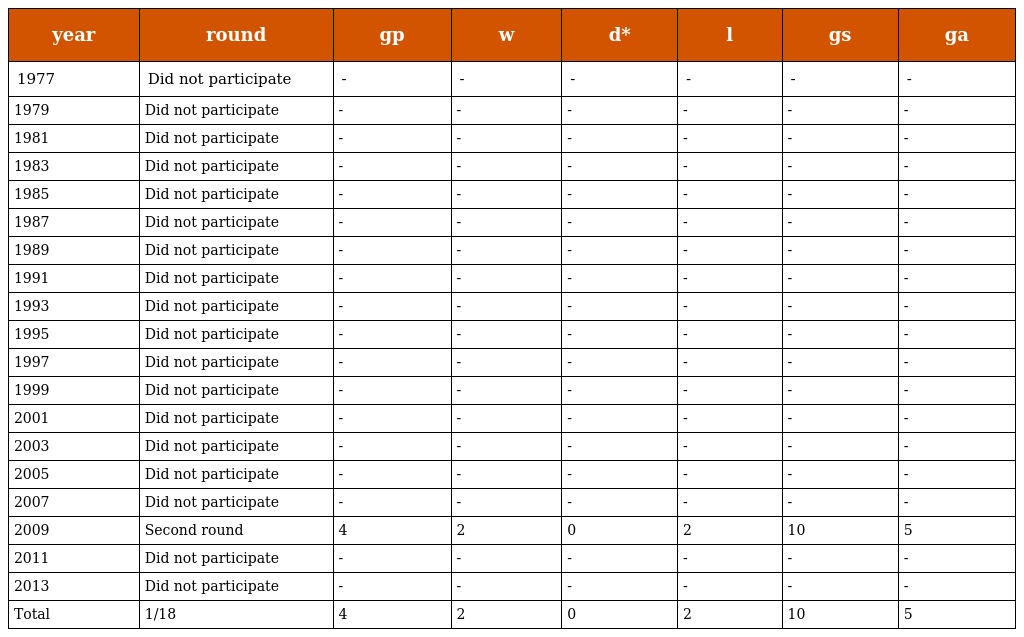
| year | round | gp | w | d* | l | gs | ga |
 | --- | --- | --- | --- | --- | --- | --- | --- |
 | 1977 | Did not participate | - | - | - | - | - | - |
 | 1979 | Did not participate | - | - | - | - | - | - |
 | 1981 | Did not participate | - | - | - | - | - | - |
 | 1983 | Did not participate | - | - | - | - | - | - |
 | 1985 | Did not participate | - | - | - | - | - | - |
 | 1987 | Did not participate | - | - | - | - | - | - |
 | 1989 | Did not participate | - | - | - | - | - | - |
 | 1991 | Did not participate | - | - | - | - | - | - |
 | 1993 | Did not participate | - | - | - | - | - | - |
 | 1995 | Did not participate | - | - | - | - | - | - |
 | 1997 | Did not participate | - | - | - | - | - | - |
 | 1999 | Did not participate | - | - | - | - | - | - |
 | 2001 | Did not participate | - | - | - | - | - | - |
 | 2003 | Did not participate | - | - | - | - | - | - |
 | 2005 | Did not participate | - | - | - | - | - | - |
 | 2007 | Did not participate | - | - | - | - | - | - |
 | 2009 | Second round | 4 | 2 | 0 | 2 | 10 | 5 |
 | 2011 | Did not participate | - | - | - | - | - | - |
 | 2013 | Did not participate | - | - | - | - | - | - |
 | Total | 1/18 | 4 | 2 | 0 | 2 | 10 | 5 |